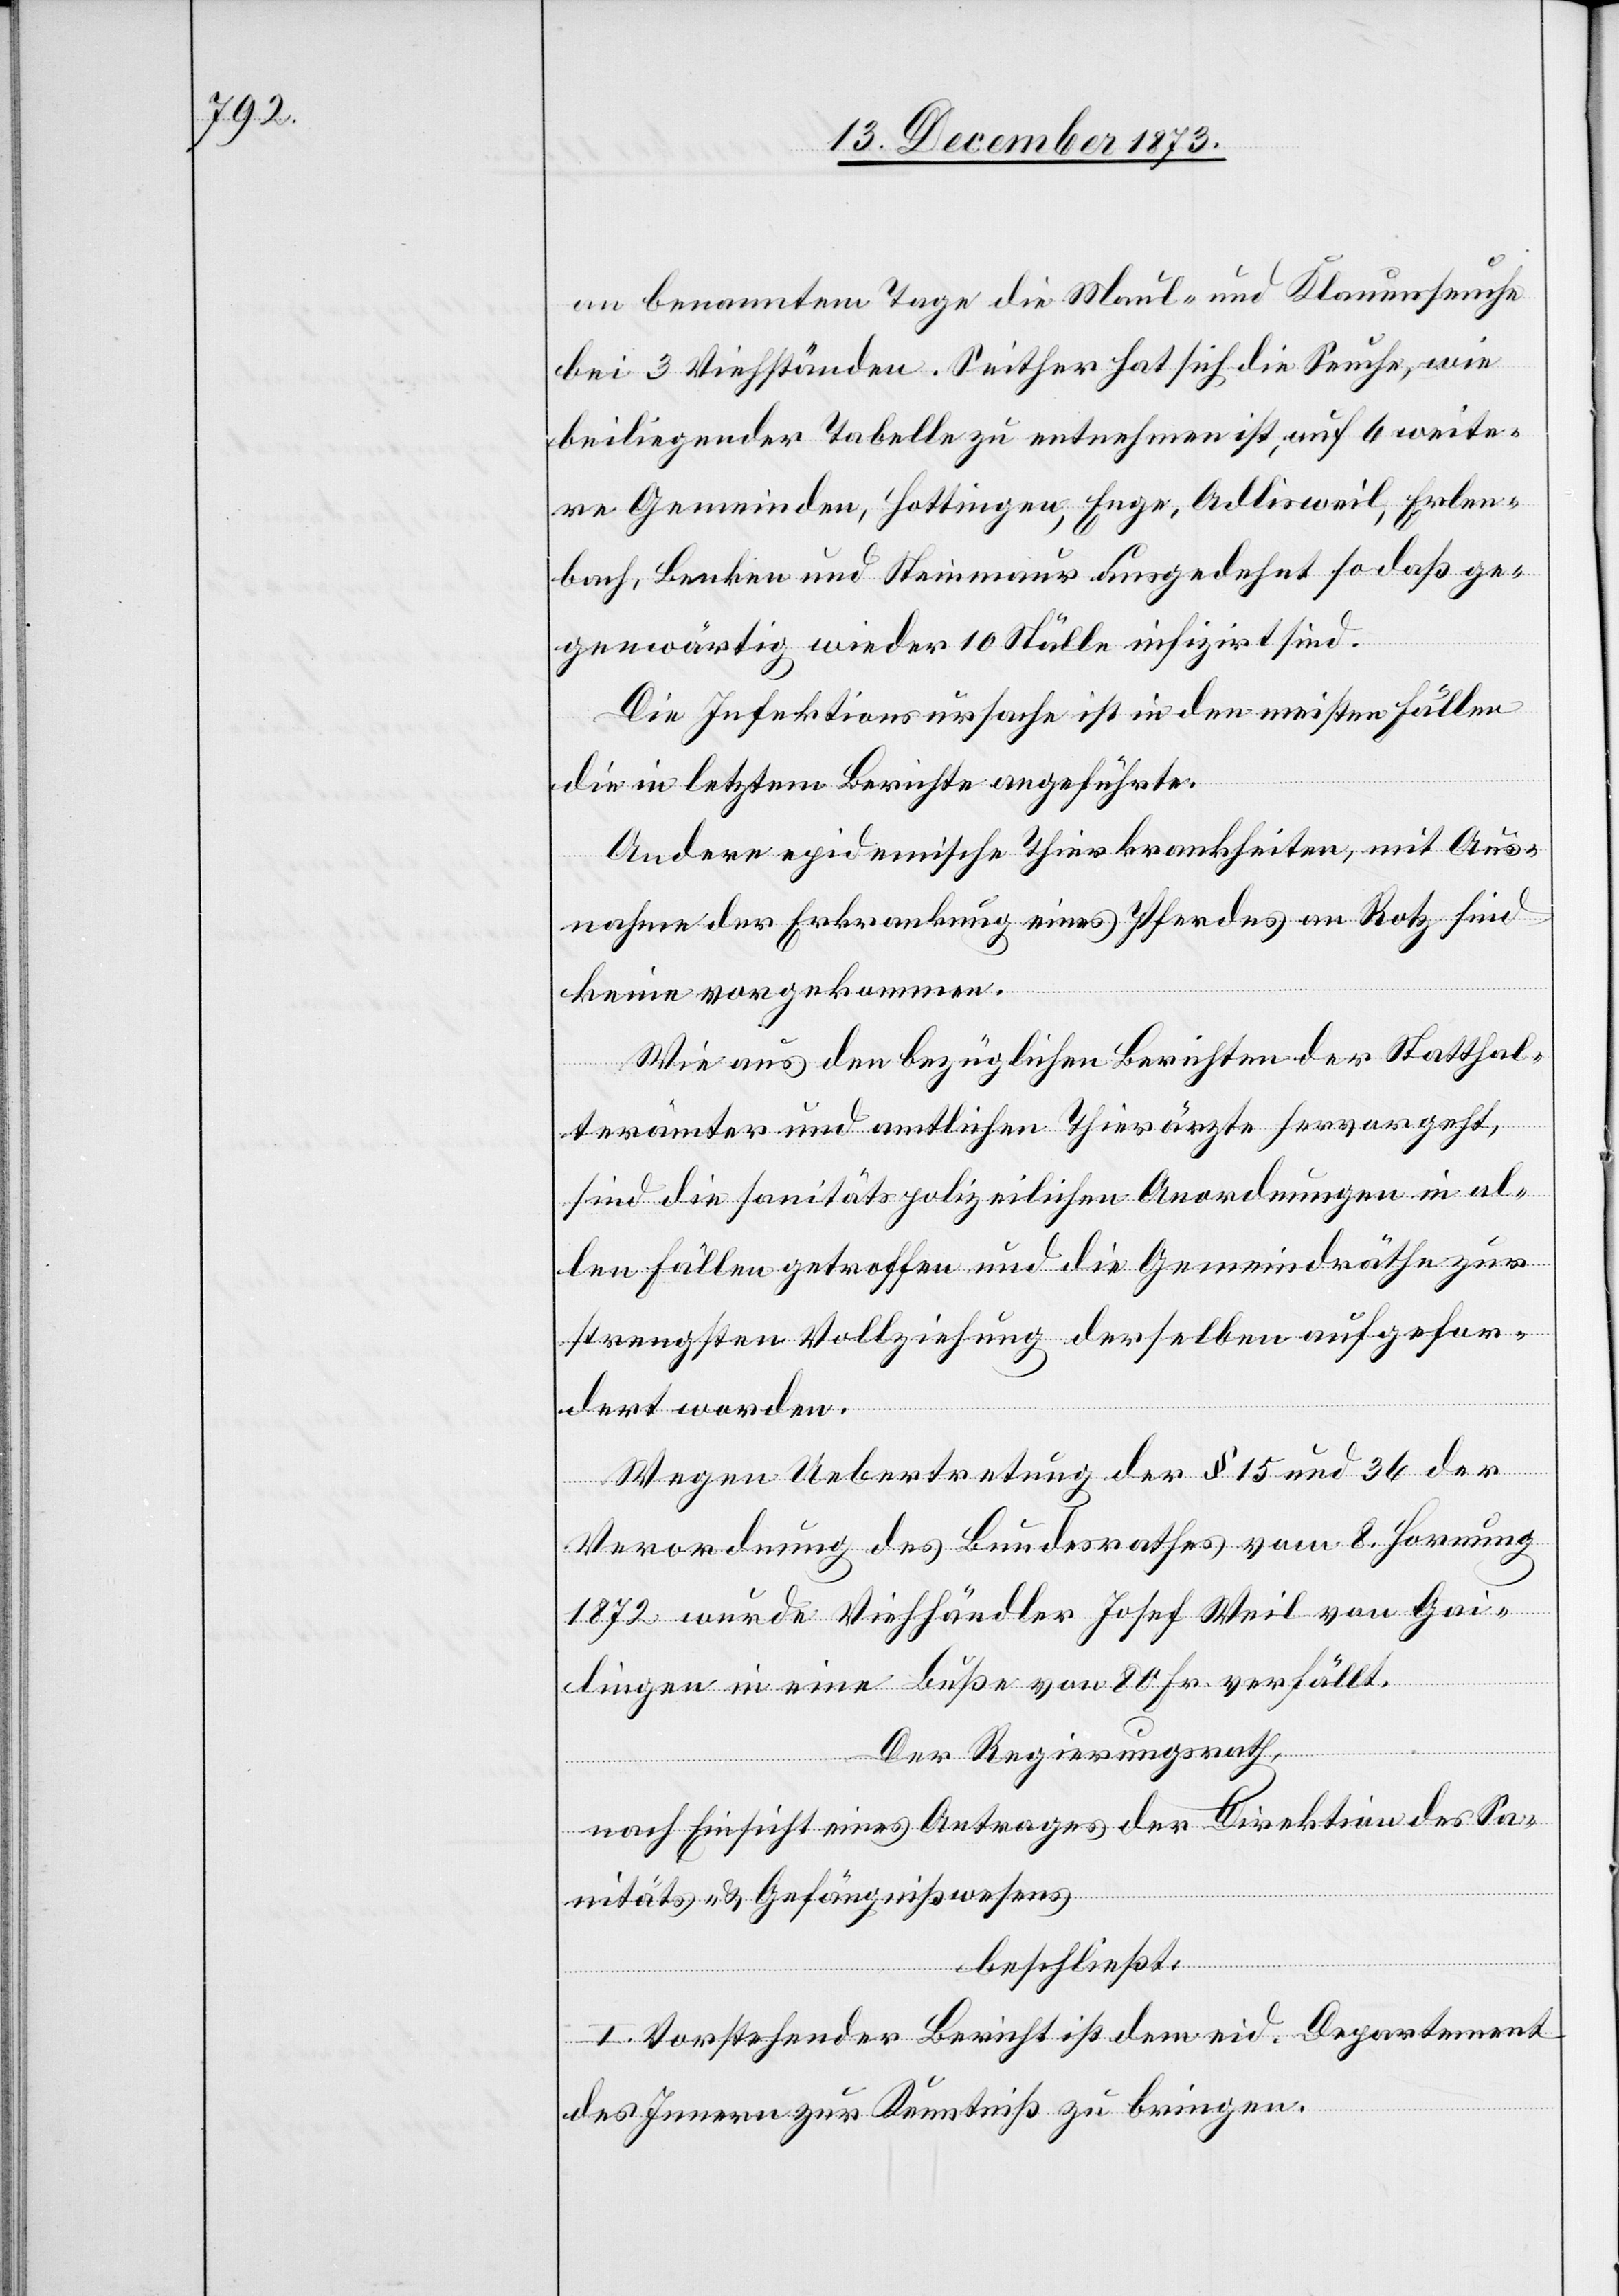
an benanntem Tage die Maul- und Klauenseuche
bei 3 Viehständen. Seither hat sich die Seuche, wie
beiliegender Tabelle zu entnehmen ist, auf 6 weite¬
re Gemeinden, Hottingen, Enge, Adlisweil, Erlen¬
bach, Benken und Steinmaur ausgedehnt so daß ge¬
genwärtig wieder 10 Ställe infizirt sind.
Die Infektionsursache ist in den meisten Fällen
die in letztem Berichte angeführte.
Andere epidemische Thierkrankheiten, mit Aus¬
nahme der Erkrankung eines Pferdes an Rotz sind
keine vorgekommen.
Wie aus den bezüglichen Berichten der Statthal¬
terämter und amtlichen Thierärzte hervorgeht,
sind die sanitätspolizeilichen Anordnungen in al¬
len Fällen getroffen und die Gemeindräthe zur
strengsten Vollziehung derselben aufgefor¬
dert worden.
Wegen Uebertretung der § 15 und 36 der
Verordnung des Bundesrathes vom 8. Hornung
1872 wurde Viehhändler Josef Weil von Gai¬
lingen in eine Buße von 80 Fr. verfällt.
Der Regierungsrath,
nach Einsicht eines Antrages der Direktion des Sa¬
nitäts- & Gefängnißwesens
beschließt:
I. Vorstehender Bericht ist dem eid. Departement
des Innern zur Kenntniß zu bringen.